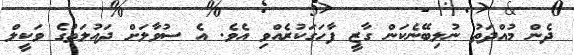
ދެން މުއްދަތު ނުލިބޭނެކަން ގާޒީ ފާހަގަކުރެއްވި އެވެ. އެ ސުވާލަށް ދައުލަތުގެ ވަކީލް